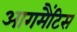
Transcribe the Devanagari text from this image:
आगमैंटिस